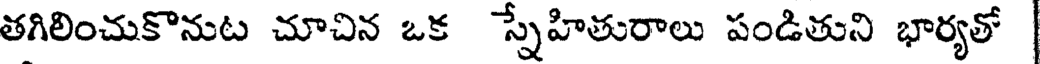
తగిలించుకొనుట చూచిన ఒక స్నేహితురాలు పండితుని భార్యతో